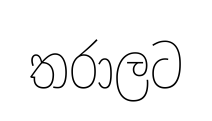
තරාලට